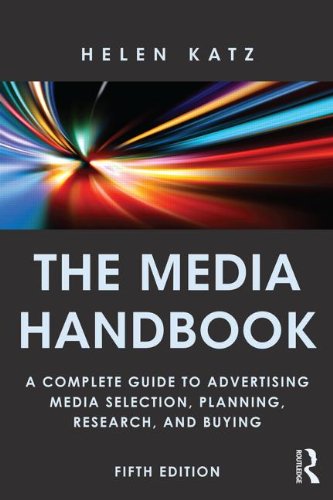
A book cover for The Media Handbook: A Complete Guide to Advertising Media Selection, Planning, Research, and Buying (Routledge Communication Series); Helen Katz; Business & Money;